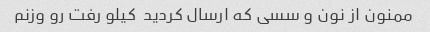
ممنون از نون و سسی که ارسال کردید  کیلو رفت رو وزنم